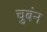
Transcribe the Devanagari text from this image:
चुबंन